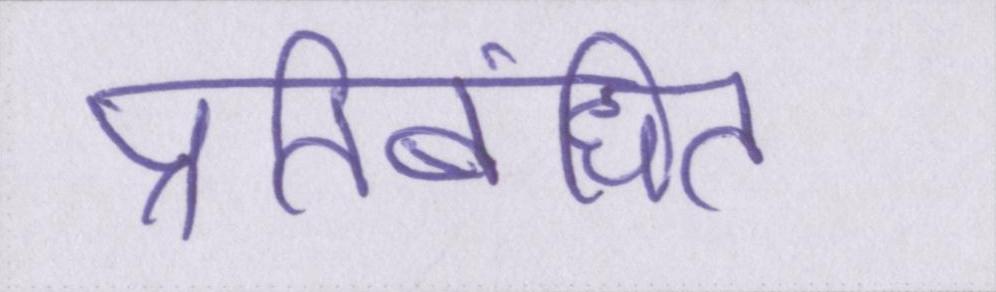
प्रतिबंधित